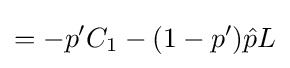
=-p'C_{1}-(1-p'){\hat {p}}L